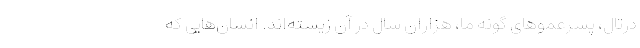
درتال، پسرعموهای گونه ما، هزاران سال در آن زیسته‌اند. انسان‌هایی که